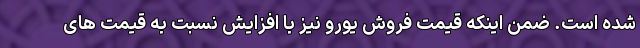
شده است. ضمن اینکه قیمت فروش یورو نیز با افزایش نسبت به قیمت های